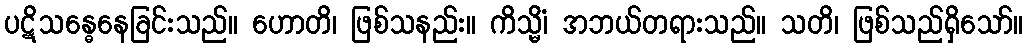
ပဋိသန္ဓေနေခြင်းသည်။ ဟောတိ၊ ဖြစ်သနည်း။ ကိသ္မိံ၊ အဘယ်တရားသည်။ သတိ၊ ဖြစ်သည်ရှိသော်။